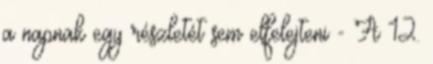
a napnak egy részletét sem elfelejteni - A 12.